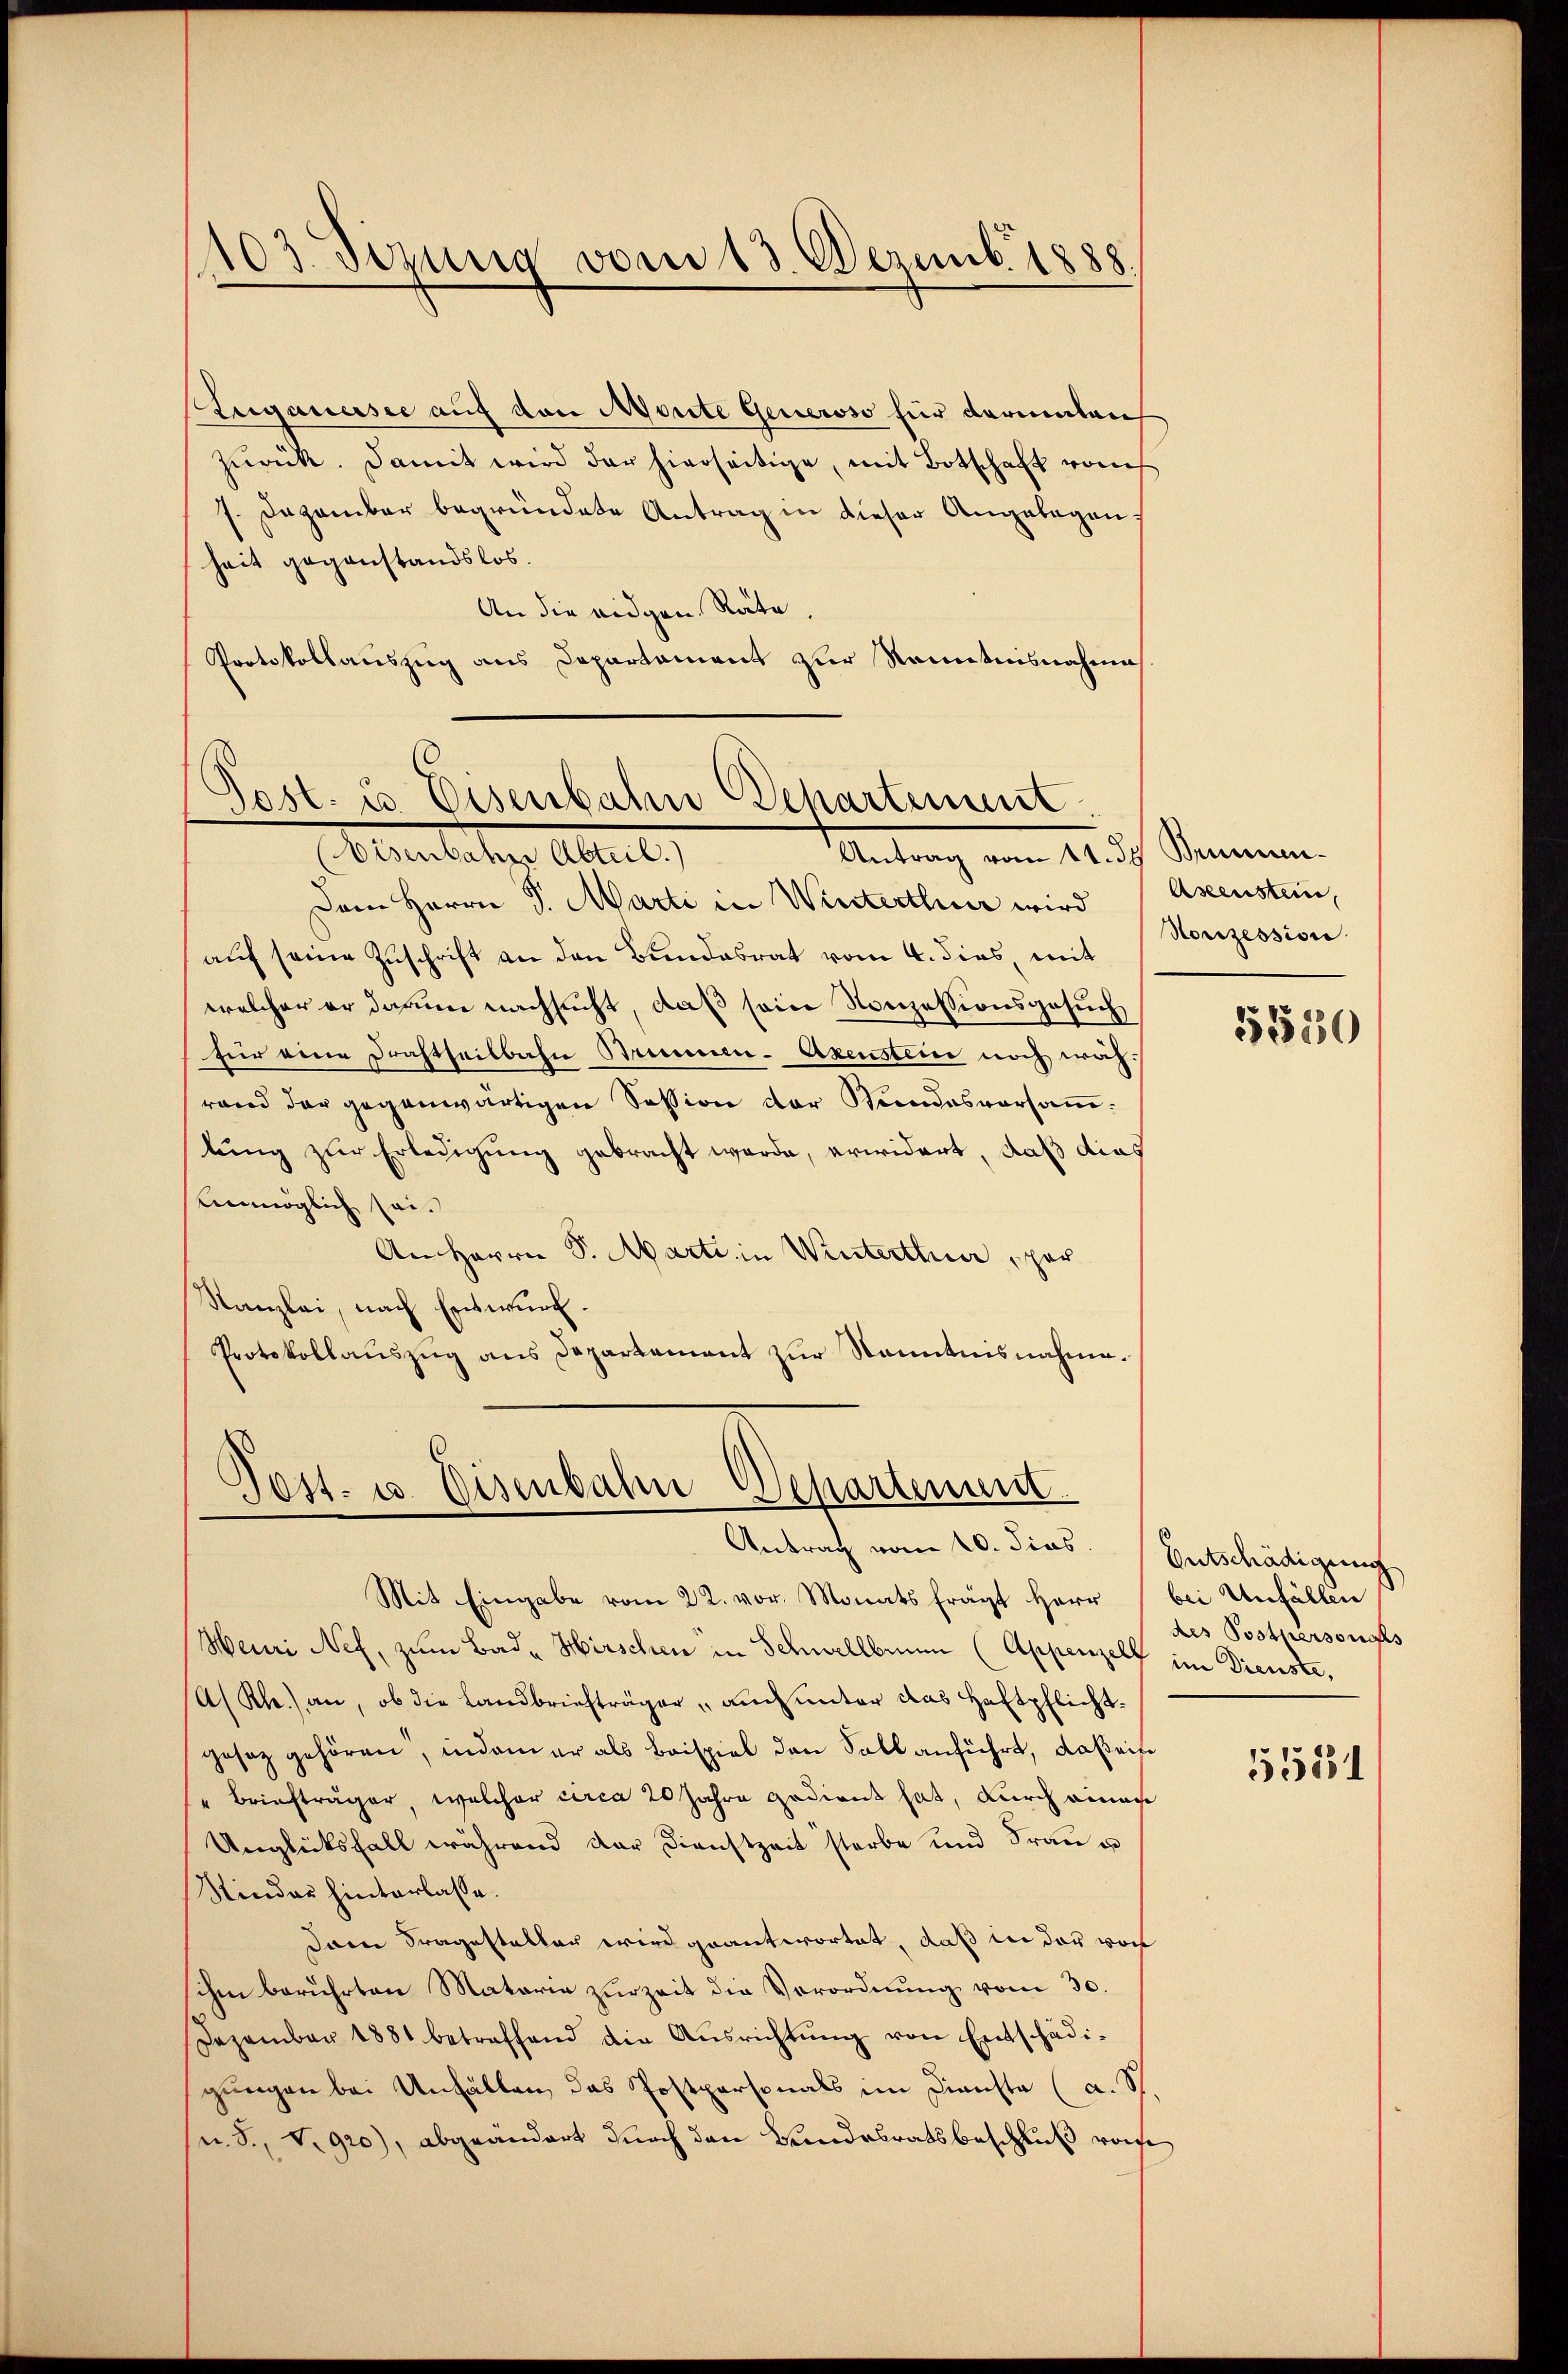
103. Sizung vom 13. Dezemb. 1888.

Euganersee auf den Monte Generoso für darumlaich
zŭrück. Damit wird der hierseitige, mit Botschaft vom
/. Dezember begründete Antrag in dieser Angelegenheit gegenstandslos.
An die eidgen Räte.
Protokollauszug aus Departement zur Kenntnisnahme

Post. u. Eisenbahn Departement
Abendeten Abteil
Antrag vom 11. ds Brunnen.

.
Jost- u. Bisenbahn Schartenunt
Antrag vom 20. dies. Entschädigung

Dem Herrn P. Marti in Winterthur wird
auf seine Zuschrift an den Bundesrat vom 4. dies, mit
welcher er darum nachsucht, daß sein Konzessionsgesuch
für eine Drahtheilbahn Brunnen- Axenstein noch währand der gegenwärtigen Session der Kundesversammtung zur Erledigung gebracht werde, erwidert, daß dies
Lenmöglich sei.
An Herrn P. Marti in Winterthur, per
Kanzlei, nach Entwurf.
Protokollaŭszŭg ans Departement zŭr Kenntnisnahme.

Aseenstein,
Konzession.

Mit Eingabe vom 22. vor. Monats frägt Herr bei Unfällen
Henri Nef, zum Bad- Hirschen in Schwellbrunn (Appenzell im Dienste,
(A/Rh.) an, ob die Landbriefträger, auch unter das Haftpflichtgesez gehören, indem er als Beispiel den Soll anführt, daß ein
" Briefträger, welcher circa 20 Jahre gedient hat, durch eines
Unglücksfall während der Dienstzeit starbe und Fraŭ u
Minder hinterlasse.
dann Fragesteller wird geantwortet, daß in der von
ihm berührten Materie zŭr Zeit die Verordnŭng vom 30.
Dezember 1881 betreffend die Aŭsrichtŭng von Entschädigungen bei Unfällen, das Postpersonals im Dienste (a. St.
s. S., v. 920), abgeändert durch den Bundesratsbeschluß vorhe

5530

des Postpersonals

5551